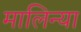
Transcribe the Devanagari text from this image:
मालिन्या